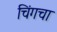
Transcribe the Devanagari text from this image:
चिंगचा